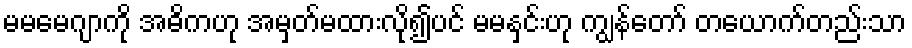
မမမေဂျာကို အဓိကဟု အမှတ်မထားလို၍ပင် မမနှင်းဟု ကျွန်တော် တယောက်တည်းသာ